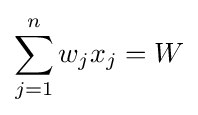
\sum _{j=1}^{n}w_{j}x_{j}=W